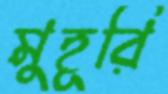
মুহূরি